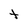
Character: t